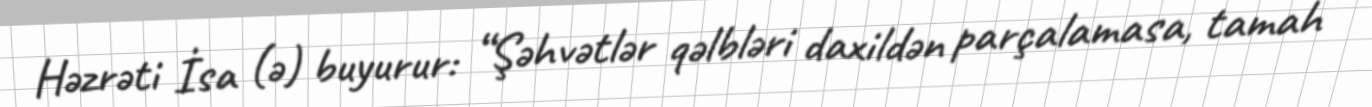
Həzrəti İsa (ə) buyurur: “Şəhvətlər qəlbləri daxildən parçalamasa, tamah